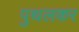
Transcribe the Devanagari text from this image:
पुथलकर